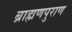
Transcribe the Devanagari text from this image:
ब्राह्मणपुराण